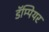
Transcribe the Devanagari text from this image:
डॅम्पियर